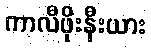
ကာလီဖိုးနီးယား